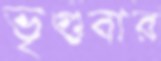
ভৃগুবার